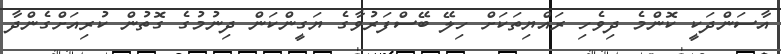
އާސަންދަކީ ކޮންމެ ދިވެހި ރައްޔިތަކަށް ހިލޭ ބޭސްފަރުވާގެ ޔަގީންކަން ދިނުމުގެ ގޮތުން ކުރިއަށްގެންދާ